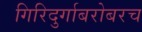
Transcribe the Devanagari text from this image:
गिरिदुर्गाबरोबरच